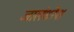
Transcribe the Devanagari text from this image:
जालंधरेश